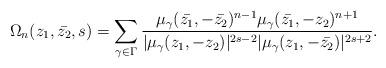
LaTeX: \begin{align*}\Omega_{n}(z_1,\bar{z_2},s)=\sum \limits_{\gamma \in \Gamma}\frac{\mu_{\gamma}(\bar{z_1},-\bar{z_2})^{n-1}\mu_{\gamma}(\bar{z_1},-z_2)^{n+1}}{|\mu_{\gamma}(z_1, -z_2)|^{2s-2}|\mu_{\gamma}(z_1, -\bar{z_2})|^{2s+2}}.\end{align*}